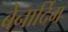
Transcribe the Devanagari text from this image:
बेनार्दिम